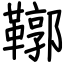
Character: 鞹